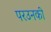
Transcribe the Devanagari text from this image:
परउनकी